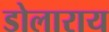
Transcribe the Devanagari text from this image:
डोलाराय